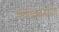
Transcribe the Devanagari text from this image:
सीमोल्लंघनाच्या